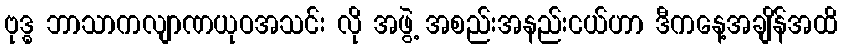
ဗုဒ္ဓ ဘာသာကလျာဏယုဝအသင်း လို အဖွဲ့ အစည်းအနည်းငယ်ဟာ ဒီကနေ့အချိန်အထိ